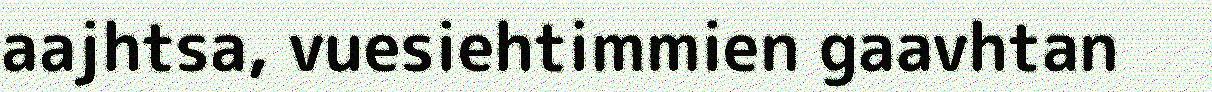
aajhtsa, vuesiehtimmien gaavhtan